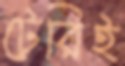
টেরিই